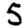
Digit: 5